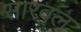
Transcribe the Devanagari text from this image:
सारवल